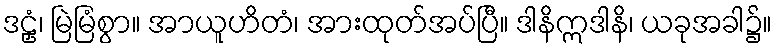
ဒဠှံ၊ မြဲမြံစွာ။ အာယူဟိတံ၊ အားထုတ်အပ်ပြီ။ ဒါနိဣဒါနိ၊ ယခုအခါ၌။